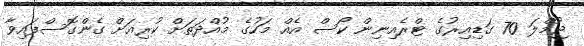
ޖުމްލަ 70 ގަޑިއިރުގެ ޓްރެއިނިން ކޯސް އެއް މަހުގެ މުއްދަތަށް ކުރިއަށް ގެންގޮސްފައިވާ